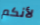
لأنكم